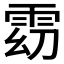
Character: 𱁓